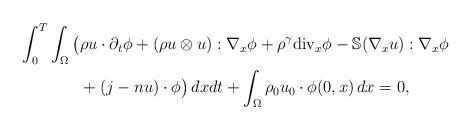
LaTeX: \begin{align*}\int^{T}_{0}\int_{\Omega}\big(&\rho u\cdot\partial_t\phi+(\rho u\otimes u):\nabla_x\phi+\rho^\gamma{\rm{div}}_x\phi-\mathbb{S}(\nabla_x u):\nabla_x\phi\\&+(j-nu)\cdot\phi\big)\,dxdt+\int_{\Omega}\rho_0u_0\cdot \phi(0,x)\,dx=0,\end{align*}